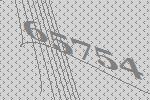
65754